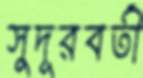
সুদূরবর্তী